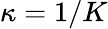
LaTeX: \kappa=1/K